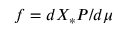
f = d X _ { * } P / d \mu